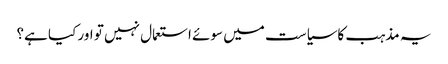
یہ مذہب کاسیاست میں سوئے استعمال نہیں تو اور کیا ہے؟